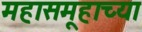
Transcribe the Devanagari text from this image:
महासमूहाच्या